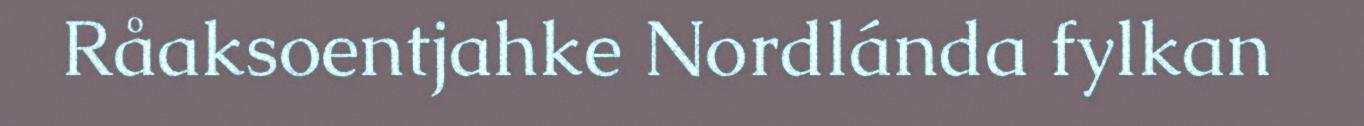
Råaksoentjahke Nordlánda fylkan